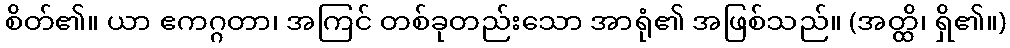
စိတ်၏။ ယာ ဧကဂ္ဂတာ၊ အကြင် တစ်ခုတည်းသော အာရုံ၏ အဖြစ်သည်။ (အတ္ထိ၊ ရှိ၏။)